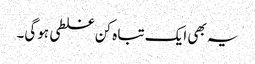
یہ بھی ایک تباہ کن غلطی ہوگی۔